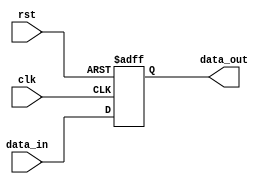
module LatchDelay (
    input wire clk,
    input wire rst,
    input wire [7:0] data_in,
    output reg [7:0] data_out
);

reg [7:0] latched_data;

always @(posedge clk or posedge rst) begin
    if (rst) begin
        latched_data <= 8'b0;
    end else begin
        latched_data <= data_in;
    end 
end

assign data_out = latched_data;

endmodule